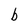
Character: b